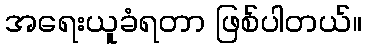
အရေးယူခံရတာ ဖြစ်ပါတယ်။